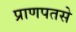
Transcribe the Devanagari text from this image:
प्राणपतसे